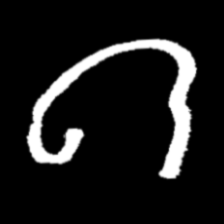
Pyu character \u2014 Myanmar letter: ဂ (romanized: ga)